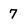
Character: 7